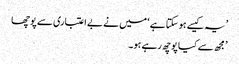
’ یہ کیسے ہو سکتا ہے ‘ میں نے بے اعتباری سے پوچھا
’ مجھ سے کیا پوچھ رہے ہو۔